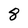
Character: 8